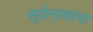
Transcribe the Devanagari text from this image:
सूर्यनामांचा